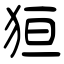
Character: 狟